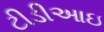
ટીડીઆઇ